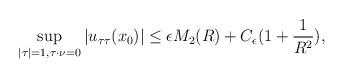
LaTeX: \begin{align*}\sup_{|\tau|=1, \tau\cdot \nu=0} |u_{\tau\tau}(x_0)| \le \epsilon M_2(R) + C_\epsilon(1+\frac{1}{R^2}),\end{align*}